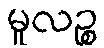
မူလဉ္စ